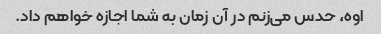
اوه، حدس می‌زنم در آن زمان به شما اجازه خواهم داد.